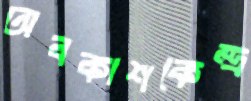
অবকাশকেন্দ্র